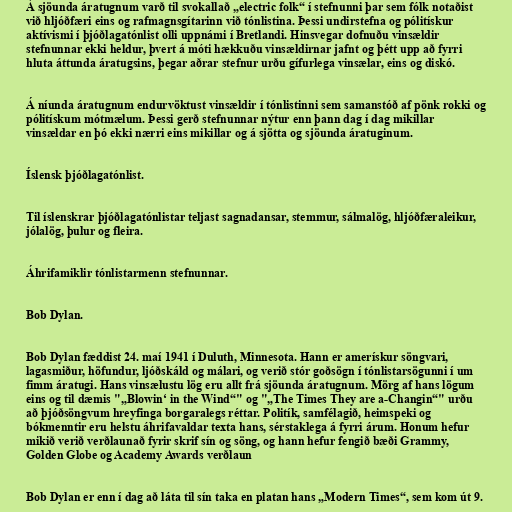
Á sjöunda áratugnum varð til svokallað „electric folk“ í stefnunni þar sem fólk notaðist
við hljóðfæri eins og rafmagnsgítarinn við tónlistina. Þessi undirstefna og pólitískur
aktívismi í þjóðlagatónlist olli uppnámi í Bretlandi. Hinsvegar dofnuðu vinsældir
stefnunnar ekki heldur, þvert á móti hækkuðu vinsældirnar jafnt og þétt upp að fyrri
hluta áttunda áratugsins, þegar aðrar stefnur urðu gífurlega vinsælar, eins og diskó.

Á níunda áratugnum endurvöktust vinsældir í tónlistinni sem samanstóð af pönk rokki og
pólitískum mótmælum. Þessi gerð stefnunnar nýtur enn þann dag í dag mikillar
vinsældar en þó ekki nærri eins mikillar og á sjötta og sjöunda áratuginum.

Íslensk þjóðlagatónlist.

Til íslenskrar þjóðlagatónlistar teljast sagnadansar, stemmur, sálmalög, hljóðfæraleikur,
jólalög, þulur og fleira.

Áhrifamiklir tónlistarmenn stefnunnar.

Bob Dylan.

Bob Dylan fæddist 24. maí 1941 í Duluth, Minnesota. Hann er amerískur söngvari,
lagasmiður, höfundur, ljóðskáld og málari, og verið stór goðsögn í tónlistarsögunni í um
fimm áratugi. Hans vinsælustu lög eru allt frá sjöunda áratugnum. Mörg af hans lögum
eins og til dæmis "„Blowin‘ in the Wind“" og "„The Times They are a-Changin“" urðu
að þjóðsöngvum hreyfinga borgaralegs réttar. Politík, samfélagið, heimspeki og
bókmenntir eru helstu áhrifavaldar texta hans, sérstaklega á fyrri árum. Honum hefur
mikið verið verðlaunað fyrir skrif sín og söng, og hann hefur fengið bæði Grammy,
Golden Globe og Academy Awards verðlaun

Bob Dylan er enn í dag að láta til sín taka en platan hans „Modern Times“, sem kom út 9.